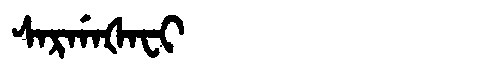
Manchu: ᠰᠠᡵᡤᠠᡧᠠᠸᡳ
Romanization: SARGAŠAFI